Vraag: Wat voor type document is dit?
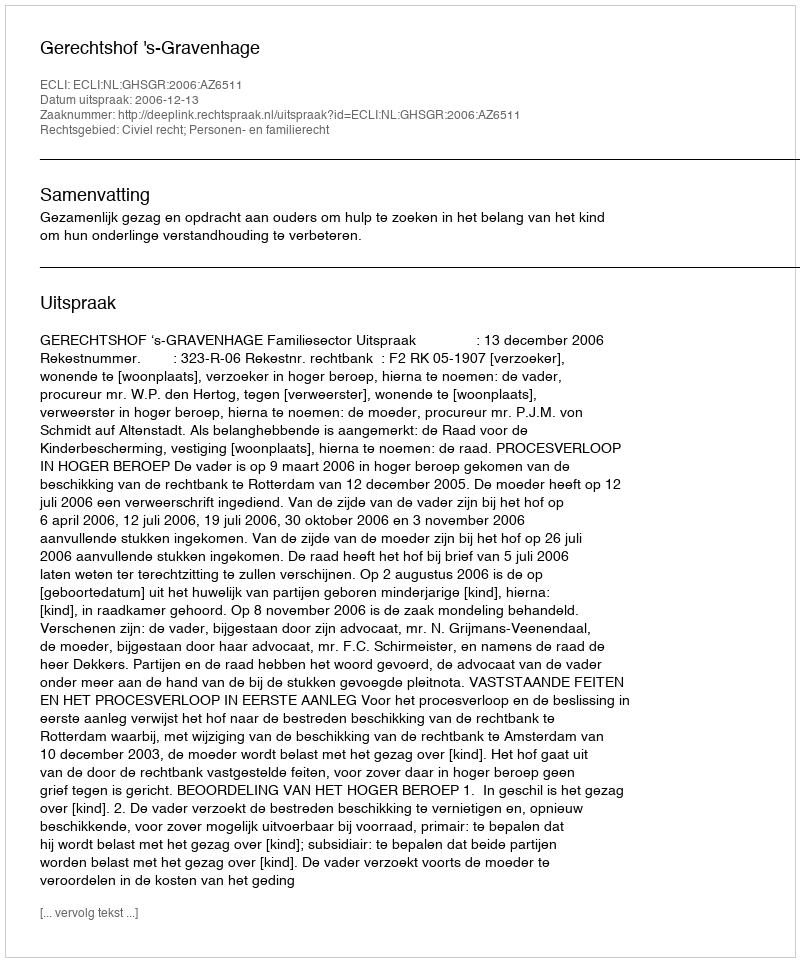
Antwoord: Uitspraak